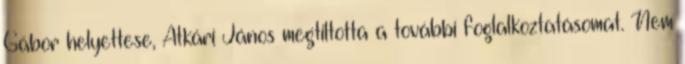
Gábor helyettese, Atkári János megtiltotta a to­váb­bi foglalkoztatásomat. Nem